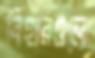
বিহারগুলো